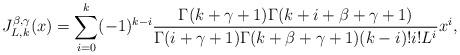
LaTeX: \begin{align*}J_{L,k}^{\beta,\gamma}(x)=\sum_{i=0}^{k}(-1)^{k-i}\frac{\Gamma(k+\gamma+1)\Gamma(k+i+\beta+\gamma+1)}{\Gamma(i+\gamma+1)\Gamma(k+\beta+\gamma+1)(k-i)!i!L^i}x^i,\end{align*}